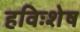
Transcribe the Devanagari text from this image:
हविःशेष